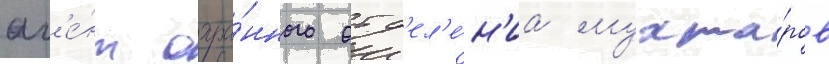
аг'е́нт охра́нного отд'ел'е́н'иа мухта́ров